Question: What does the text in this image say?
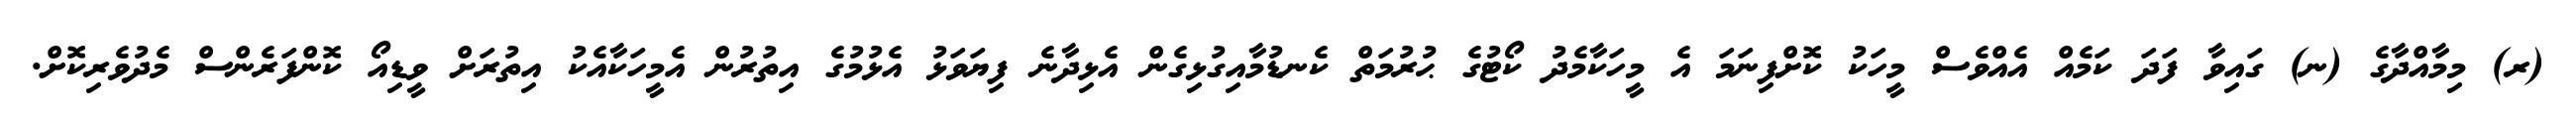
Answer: (ރ) މިމާއްދާގެ (ނ) ގައިވާ ފަދަ ކަމެއް އެއްވެސް މީހަކު ކޮށްފިނަމަ އެ މީހަކާމެދު ކޯޓުގެ ޙުރުމަތް ކެނޑުމާއިގުޅިގެން އެޅިދާނެ ފިޔަވަޅު އެޅުމުގެ އިތުރުން އެމީހަކާއެކު އިތުރަށް ވީޑިއޯ ކޮންފަރެންސް މެދުވެރިކޮށް.